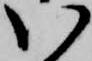
い